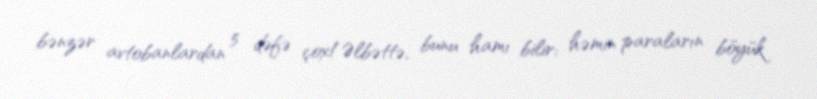
bənzər avtobanlardan 5 dəfə çox!Əlbəttə, bunu hamı bilir: həmin paraların böyük